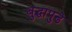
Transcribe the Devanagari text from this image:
बुद्धापुढे